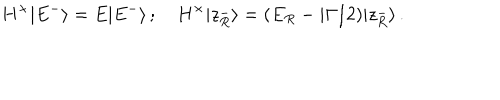
H ^ { \times } | E ^ { - } \rangle = E | E ^ { - } \rangle \, ; \quad H ^ { \times } | z _ { R } ^ { - } \rangle = ( E _ { R } - i \Gamma / 2 ) | z _ { R } ^ { - } \rangle \, .